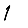
Digit: 1